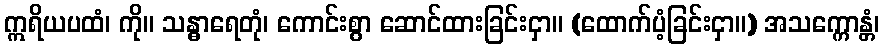
ဣရိယပထံ၊ ကို။ သန္ဓာရေတုံ၊ ကောင်းစွာ ဆောင်ထားခြင်းငှာ။ (ထောက်ပံ့ခြင်းငှာ။) အသက္ကောန္တံ၊